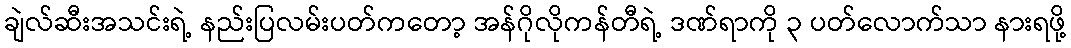
ချဲလ်ဆီးအသင်းရဲ့ နည်းပြလမ်းပတ်ကတော့ အန်ဂိုလိုကန်တီရဲ့ ဒဏ်ရာကို ၃ ပတ်လောက်သာ နားရဖို့